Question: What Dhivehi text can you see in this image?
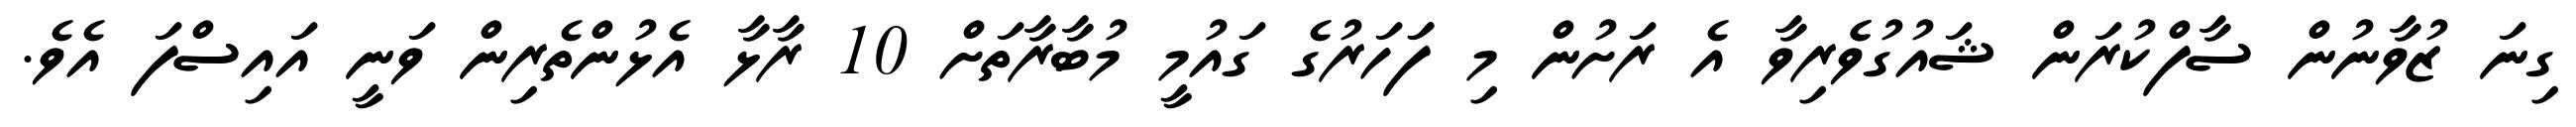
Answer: ގިނަ ޒުވާނުން ސާފްކުރަން ޝައުގުވެެރިވާ އެ ރަށުން މި ފަަހަރުގެ ގައުމީ މުބާރާތަށް 10 ރާޅާ އެޅުންތެރިން ވަނީ އައިސްފަ އެވެ.